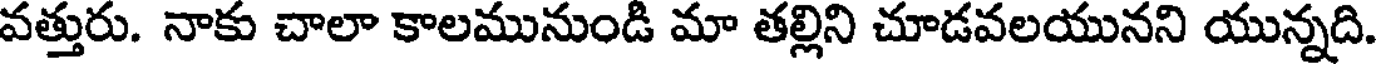
వత్తురు. నాకు చాలా కాలమునుండి మా తల్లిని చూడవలయునని యున్నది.